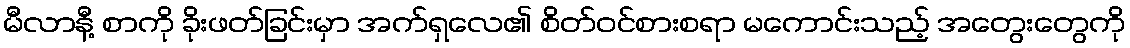
မီလာနီ့ စာကို ခိုးဖတ်ခြင်းမှာ အက်ရှလေ၏ စိတ်ဝင်စားစရာ မကောင်းသည့် အတွေးတွေကို